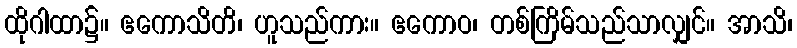
ထိုဂါထာ၌။ ဧကောသိတိ၊ ဟူသည်ကား။ ဧကောဝ၊ တစ်ကြိမ်သည်သာလျှင်။ အာသိ၊